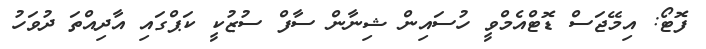
ފޮޓޯ: އިމޭޖަސް ޑޮޓްއެމްވީ ހުސައިން ޝިނާން ސާފް ސުޒުކީ ކަޕްގައި އާދިއްތަ ދުވަހު